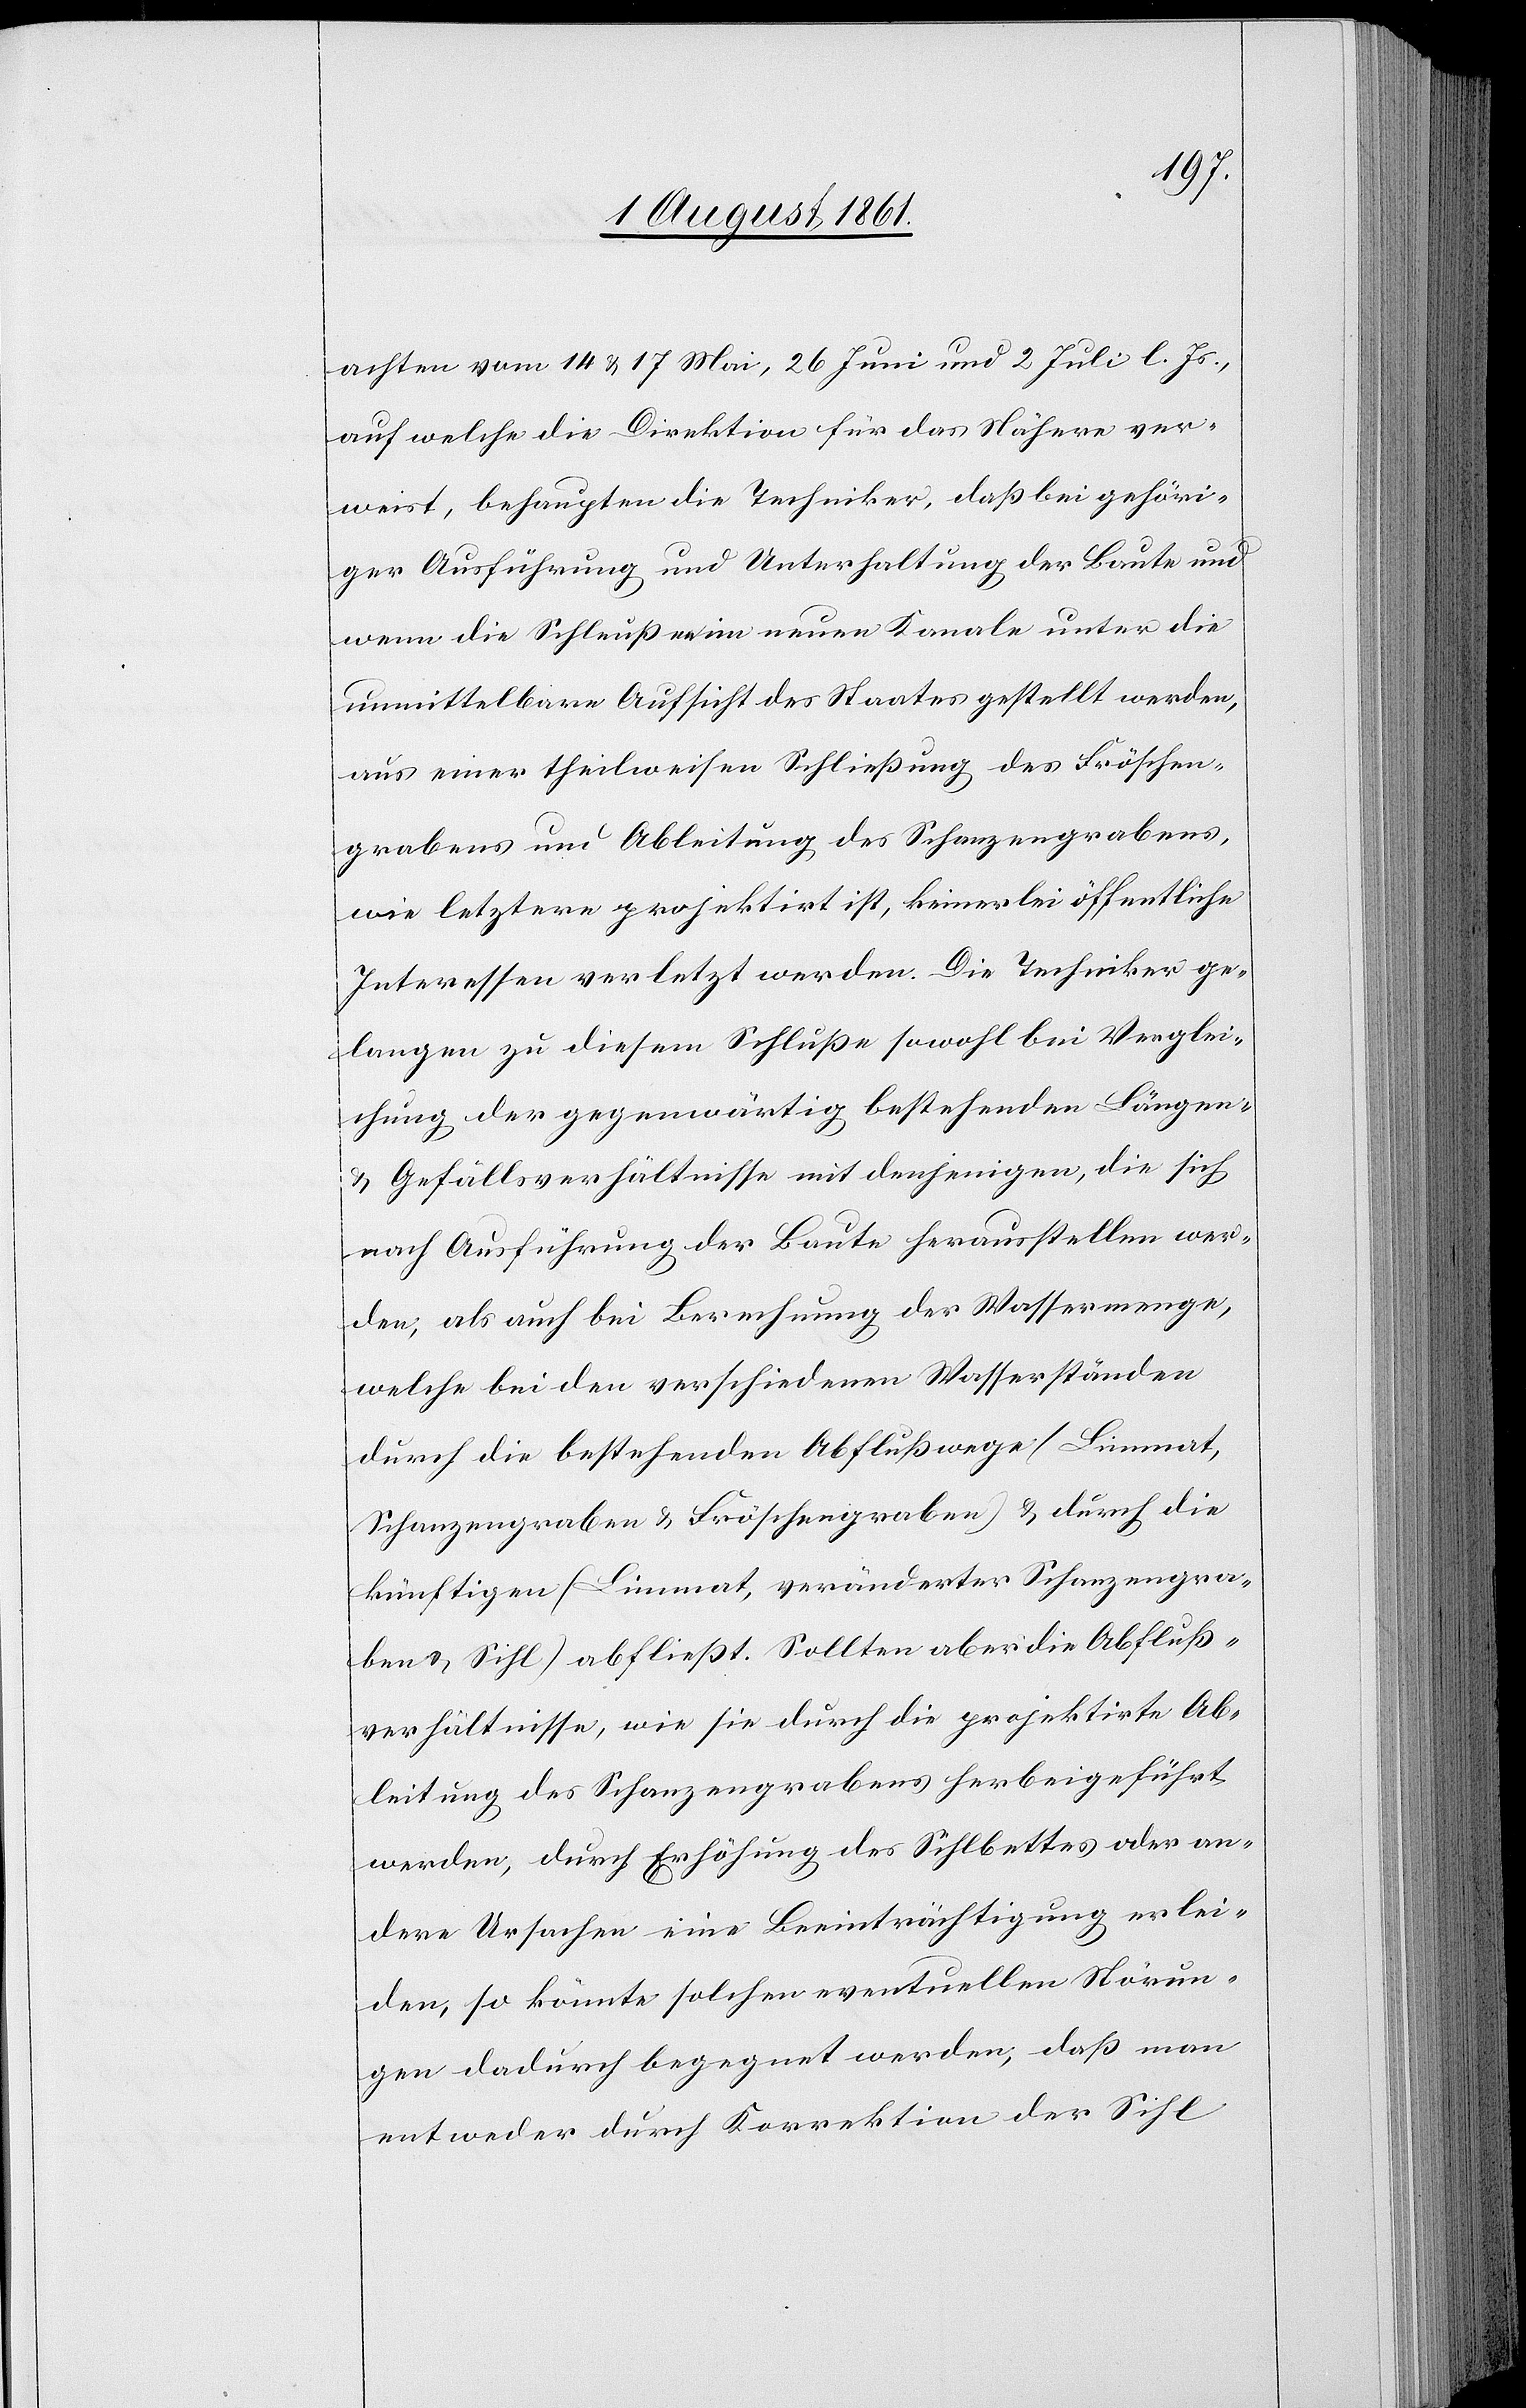
achten vom 14 u. 17 Mai, 26 Juni und 2 Juli l. Js.,
auf welche die Direktion für das Nähere ver¬
weist, behaupten die Techniker, daß bei gehöri¬
ger Ausführung und Unterhaltung der Baute und
wenn die Schleußen im neuen Kanale unter die
unmittelbare Aufsicht des Staates gestellt werden,
aus einer theilweisen Schließung des Fröschen¬
grabens und Ableitung des Schanzengrabens,
wie letztere projektirt ist, keinerlei öffentliche
Interessen verletzt werden. Die Techniker ge¬
langen zu diesem Schluße sowohl bei Verglei¬
chung der gegenwärtig bestehenden Längen-
u. Gefällsverhältnisse mit denjenigen, die sich
nach Ausführung der Baute herausstellen wer¬
den; als auch bei Berechnung der Wassermenge,
welche bei den verschiedenen Wasserständen
durch die bestehenden Abflußwege (Limmat,
Schanzengraben u. Fröschengraben) u. durch die
künftigen (Limmat, veränderte Schanzengra¬
ben u. Sihl) abfließt. Sollten aber die Abfluß¬
verhältnisse, wie sie durch die projektirte Ab¬
leitung des Schanzengrabens herbeigeführt
werden, durch Erhöhung des Sihlbettes oder an¬
dere Ursachen eine Beeinträchtigung erlei¬
den, so könnte solchen eventuellen Störun¬
gen dadurch begegnet werden, daß man
entweder durch Korrektion der Sihl